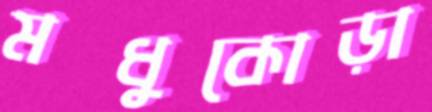
মধুকোড়া